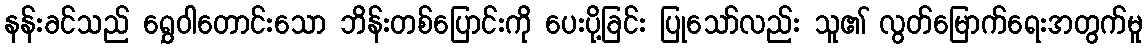
နန်းခင်သည် ရွှေဝါတောင်းသော ဘိန်းတစ်ပြောင်းကို ပေးပို့ခြင်း ပြုသော်လည်း သူ၏ လွတ်မြောက်ရေးအတွက်မူ